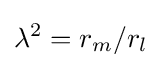
\lambda ^{2}={r_{m}}/{r_{l}}